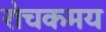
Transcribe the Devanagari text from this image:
रोचकमय